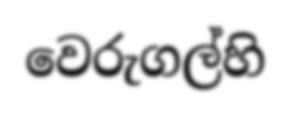
වෙරුගල්හි